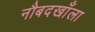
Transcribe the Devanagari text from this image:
नौबदखाँला